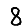
Digit: 8